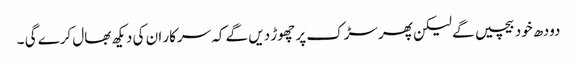
دودھ خود بیچیں گے لیکن پھر سڑک پر چھوڑ دیں گے کہ سرکار ان کی دیکھ بھال کرے گی ۔